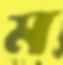
ম